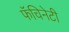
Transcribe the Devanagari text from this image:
फॅचिनेटी